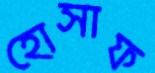
হোসাফ